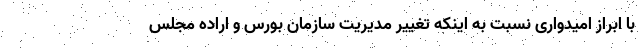
با ابراز امیدواری نسبت به اینکه تغییر مدیریت سازمان بورس و اراده مجلس